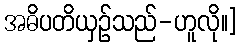
အဓိပတိယှဉ်သည်-ဟူလို။]